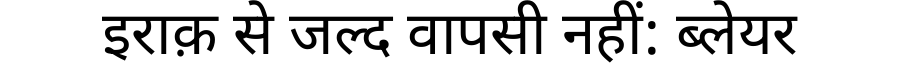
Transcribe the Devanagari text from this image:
इराक़ से जल्द वापसी नहीं: ब्लेयर